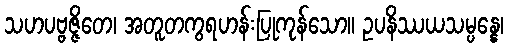
သဟပဗ္ဗဇ္ဇိတေ၊ အတူတကွရဟန်းပြုကုန်သော။ ဥပနိဿယသမ္ပန္နေ၊